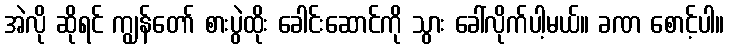
အဲလို ဆိုရင် ကျွန်တော် စားပွဲထိုး ခေါင်းဆောင်ကို သွား ခေါ်လိုက်ပါ့မယ်။ ခဏ စောင့်ပါ။